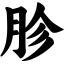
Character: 胗